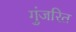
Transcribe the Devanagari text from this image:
गुंजरित